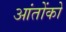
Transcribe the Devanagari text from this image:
आंतोंको